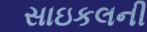
સાઇકલની